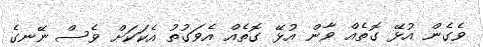
ވެގެން އުޅޭ ގޮތެއް ވާން އުޅޭ ގޮތެއް އެވަގުތު އެކަކަށް ވެސް ނޭނގެ